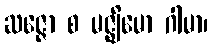
ဆဇ္ဇော စ မဇ္ဈိမော ဂါမာ၊